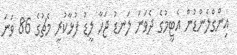
އިންގްލެންޑުން އެޓީމުގެ ދެވަނަ ލަނޑު ޖަހާ ލީޑު ފުޅާކުރީ މެޗުގެ 86 ވަނަ